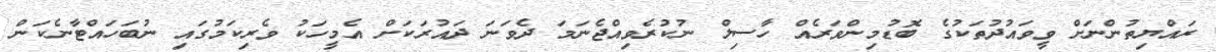
ރައްޔިތުންނަށް ވީވައުދުތަކުގެ ބޮޑުމިންވަރެއް ހާސިލް ނުކުރެވިއްޖެނަމަ ދެވަނަ ދައުރަކަށް އެމީހަކު ވެރިކަމުގައި ނުބަހައްޓާނެކަން